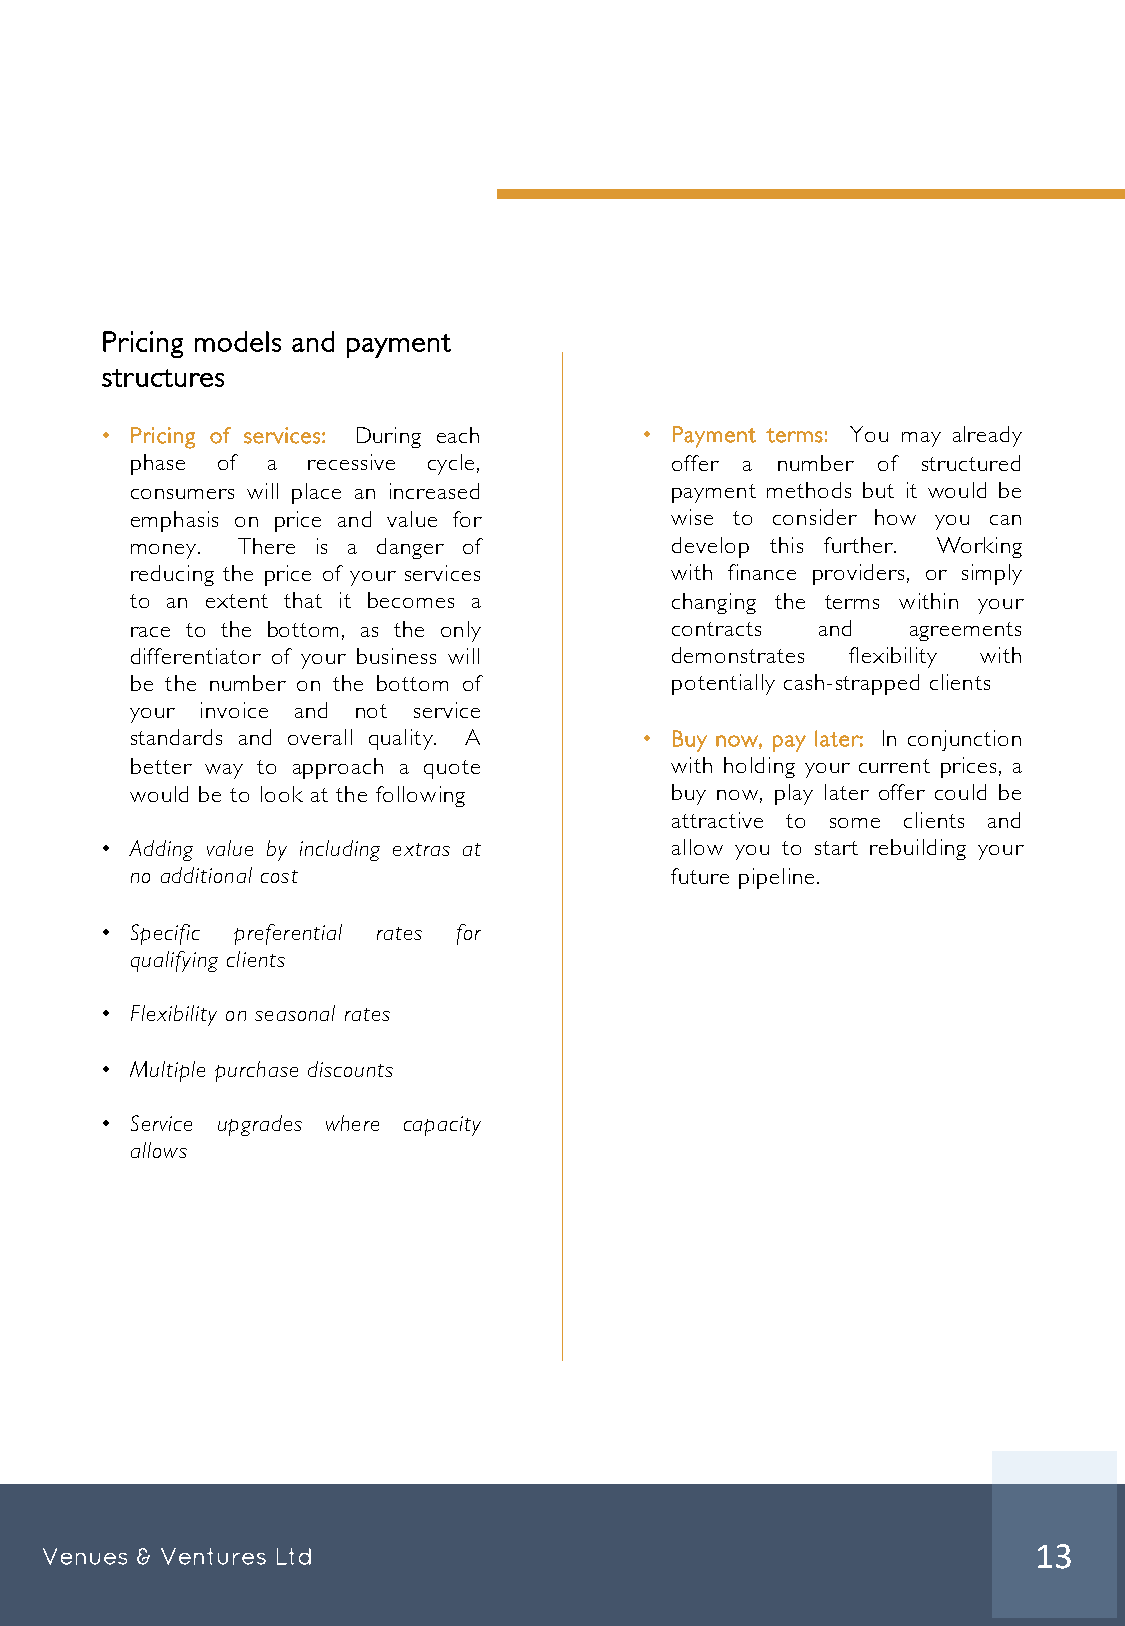
Pricing models and payment
 structures
 • Pricing of services: During each  • Payment terms: You may already
 phase of a recessive cycle,        offer a number of structured
 consumers will place an increased  payment methods but it would be
 emphasis on price and value for    wise to consider how you can
 money. There is a danger of        develop this further. Working
 reducing the price of your services with finance providers, or simply
 to an extent that it becomes a     changing the terms within your
 race to the bottom, as the only    contracts and   agreements
 differentiator of your business will demonstrates flexibility with
 be the number on the bottom of     potentially cash-strapped clients
 your invoice and not service
 standards and overall quality. A  • Buy now, pay later: In conjunction
 better way to approach a quote     with holding your current prices, a
 would be to look at the following  buy now, play later offer could be
 attractive to some clients and
 • Adding value by including extras at allow you to start rebuilding your
 no additional cost                 future pipeline.
 • Specific preferential rates for
 qualifying clients
 • Flexibility on seasonal rates
 • Multiple purchase discounts
 • Service upgrades where capacity
 allows
 Venues & Ventures Ltd                                             13